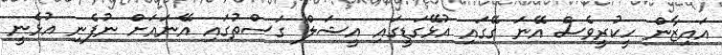
އައިޒާން ހީކުރީވެސް އޭނަ ގޭގައި އުޅޭގަޑީގައި އީޝަލް ގަސްތުގައި އޭނައަށް ނުފެނި އުޅެނީ